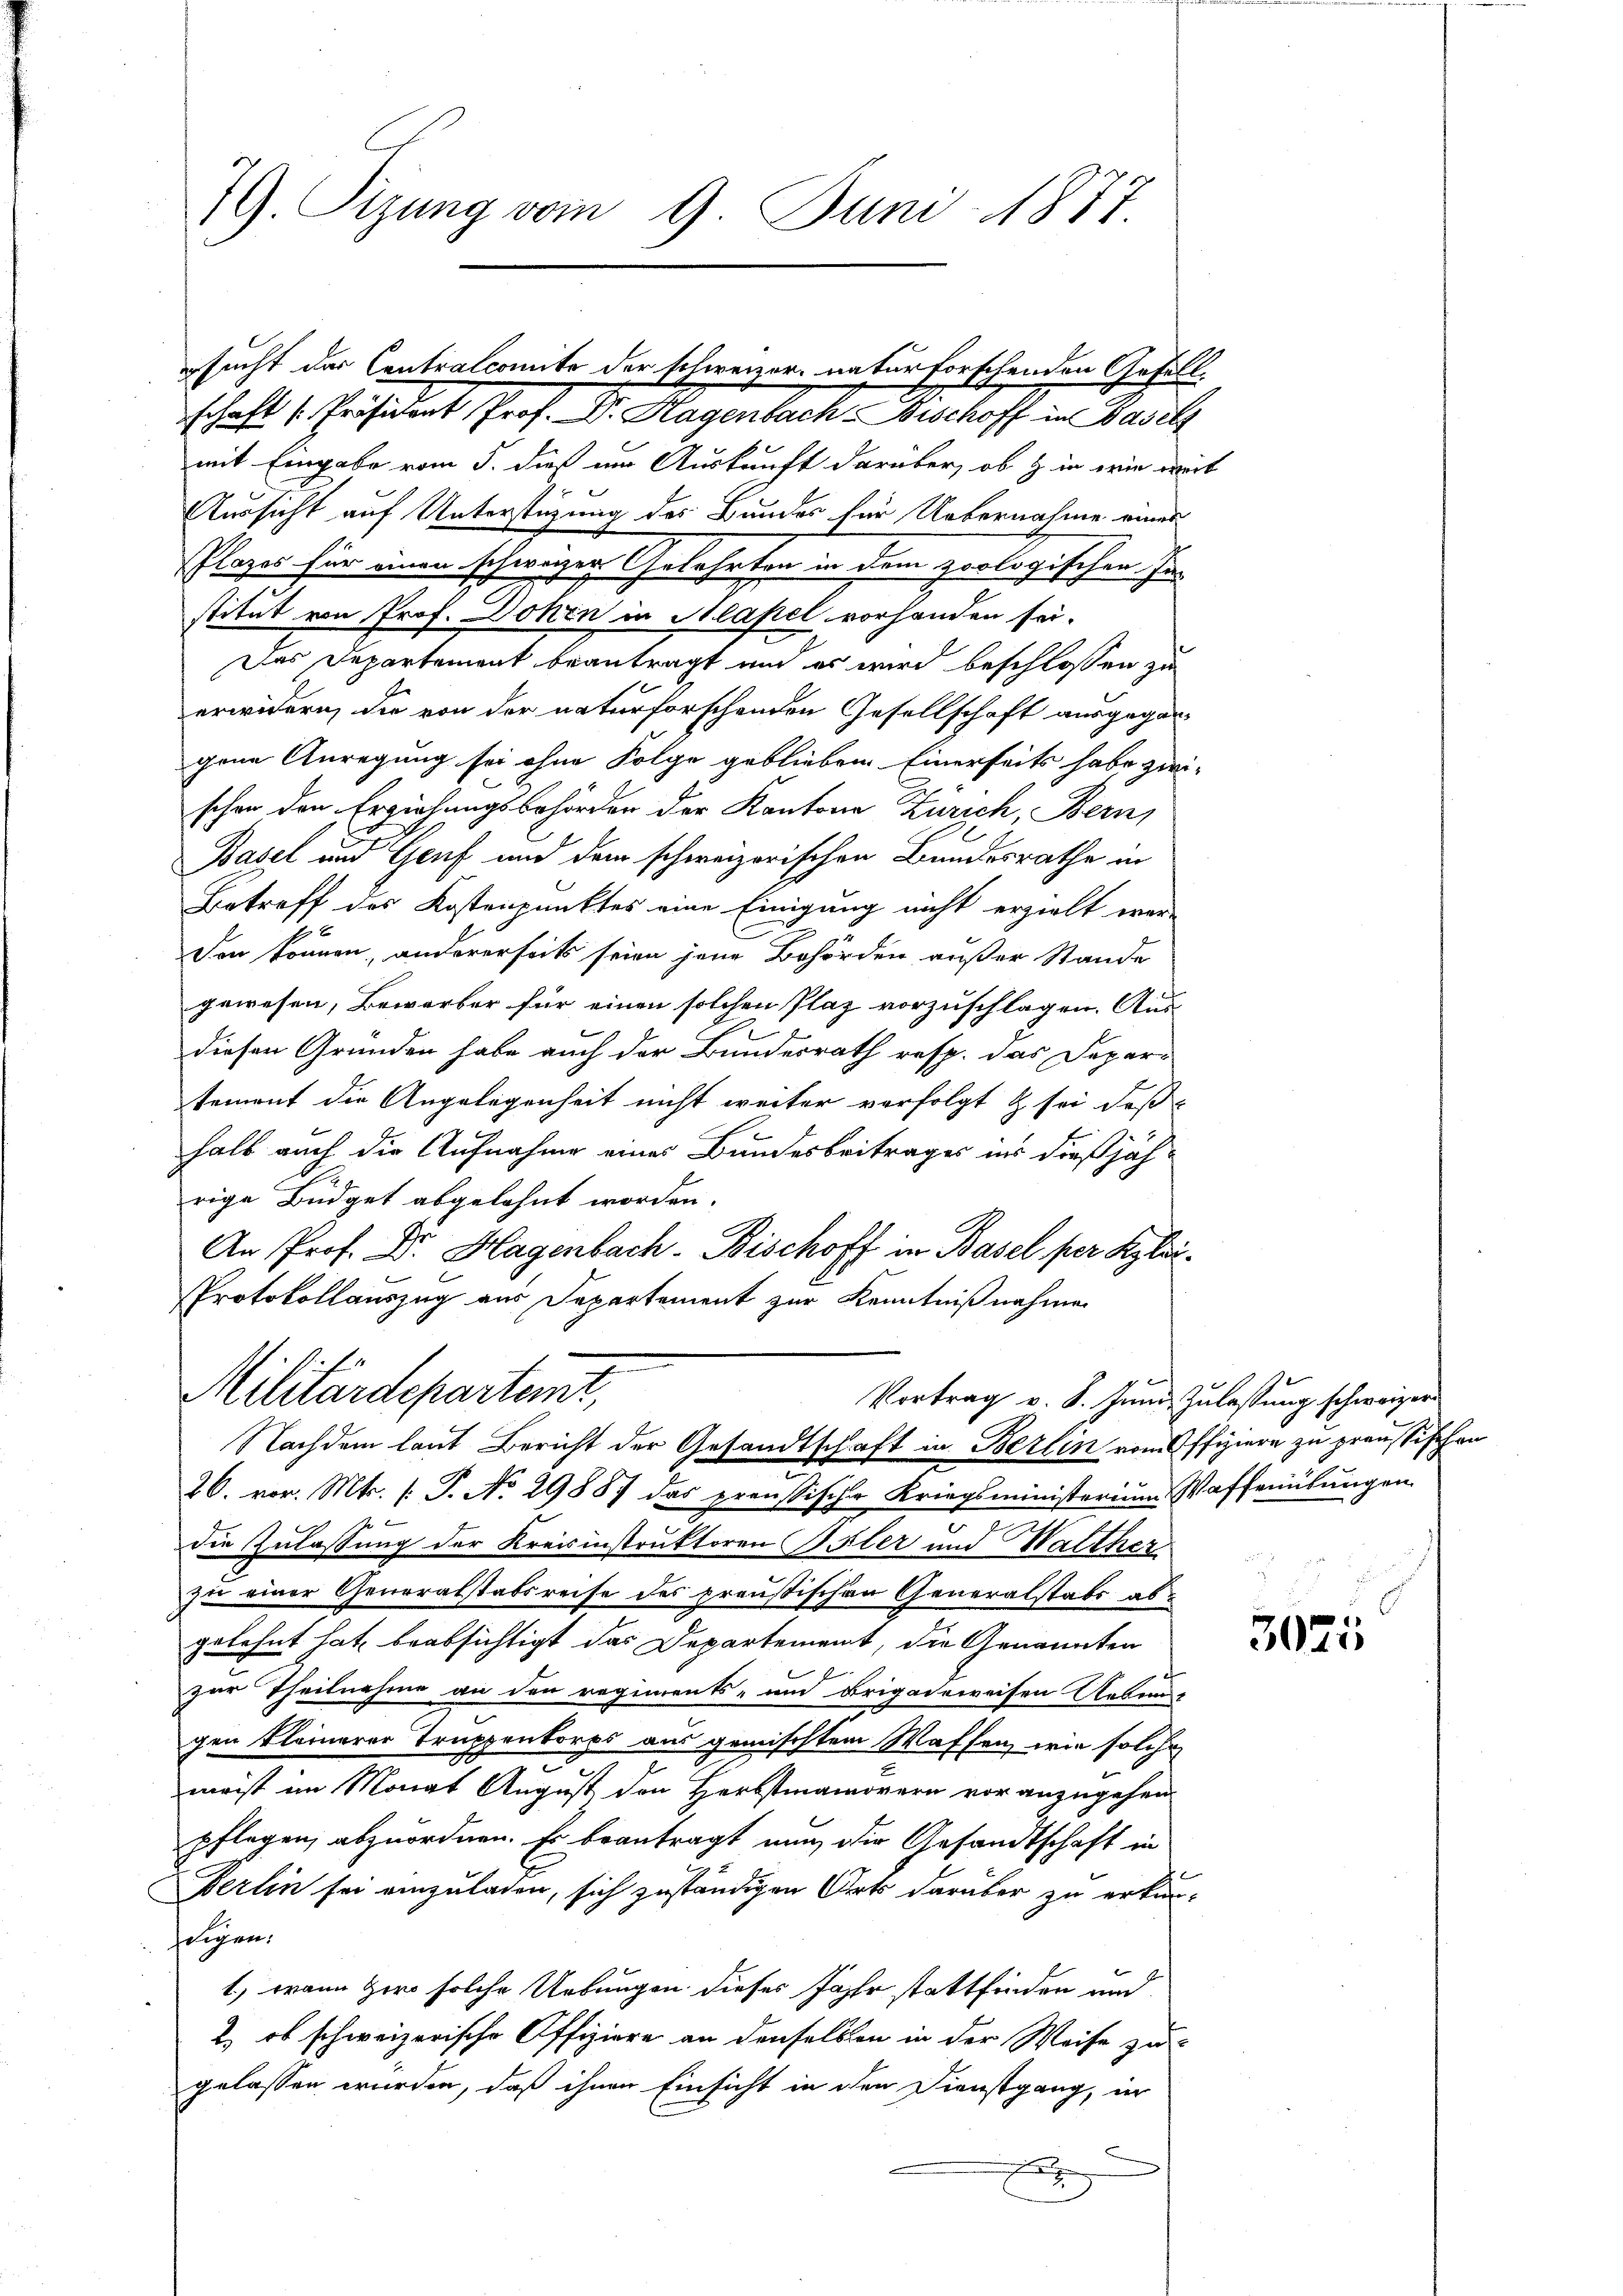
79. Sizung vom 9. Juni 1877.

schaft [Präsident Prof. Dr. Hagenbach Bischoff in Basels
mit Eingabe vom 5. dieß im Auskunft darüber, ob & in wie weit
Aussicht auf Unterstüzung des Bundes für Uebernahme eines
Plazes für einen schweizer Gelehrten in dem zoologischen Institut von Prof. Dohen in Mlapel vorhanden sei.
Das Departement beantragt und es wird beschlossen zu
erwidern, die von der naturforschenden Gesellschaft ausgegangene Anregung sei ohne Folge geblieben. Einerseits habe zwi-
schon den Erziehungsbehörden der Kantone Zürich, Bern,
Basel und Genf und dem schweizerischen Bundesrathe in
Betreff des Kostenpunktes eine Einigung nicht erzielt wer-
den können, andererseits seien jene Behörden außer Stande
gewesen, Bewerber für einen solchen Plaz vorzuschlagen. Aus-
diesen Gründen habe auch der Bundesrath resp. das Deperi
tement die Angelegenheit nicht weiter verfolgt & sei deß
halb auch die Aufnahme eines Bundesbeitrages ins dießjährige Büdget abgelehnt worden.
An Prof. Dr. Hagenbach- Bischoff in Basel per Klei¬
Protokollauszug aus Departement zur Kenntnißnahmen

sucht der Contralcomite der Schweizer naturforschenden Gefäll¬

Militärdepartet,
Vortrag v. 8. Juni Zulassung schweizer
Nachdem laut Bericht der Gesandtschaft in Berlin vom Offiziere zu graussischen

26. vor. Mts. (T. No. 29887 das preussische Kriegsministerium Waffenübungen
die Zulassung der Kreisinstruktoren Paler und Walther
zu einer Generalstabsreise des preußischen Generalstabs abgelehnt hat, beabsichtigt das Departement, die Genannten
zur Theilnahme an den regiments- und Brigadeweisen Aesun-
gen kleinerer Truppenkorps aus gemischtem Waffen, wie solche
meist im Monat August den Herbstmamorern vor anzugehen
pflegen, abzuordnen. Es beantragt nun die Gesandtschaft in
Berlin sei einzuladen, sich zuständigen Orts darüber zu erkun-
seigen.
1) wann zwo solche Uebungen dieses Jahr stattfinden und
2) ob schweizerische Offiziere an denselben in der Weise zu
gelassen wurden, daß ihnen Einsicht in den Dienstgang, in

3025